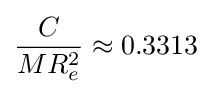
{\frac {C}{MR_{e}^{2}}}\approx 0.3313